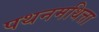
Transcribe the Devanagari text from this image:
पथनमथित्ता